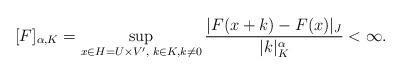
LaTeX: \begin{align*}[F]_{\alpha, K} = \sup_{x \in H = U \times V',\; k \in K , k \not = 0} \frac{| F(x+ k) - F(x)|_J}{|k|_K^{\alpha}} < \infty. \end{align*}